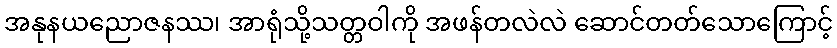
အနုနယညောဇနဿ၊ အာရုံသို့သတ္တဝါကို အဖန်တလဲလဲ ဆောင်တတ်သောကြောင့်